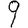
Digit: 9